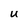
Character: U